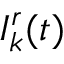
I _ { k } ^ { r } ( t )